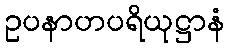
ဥပနာဟပရိယုဋ္ဌာနံ